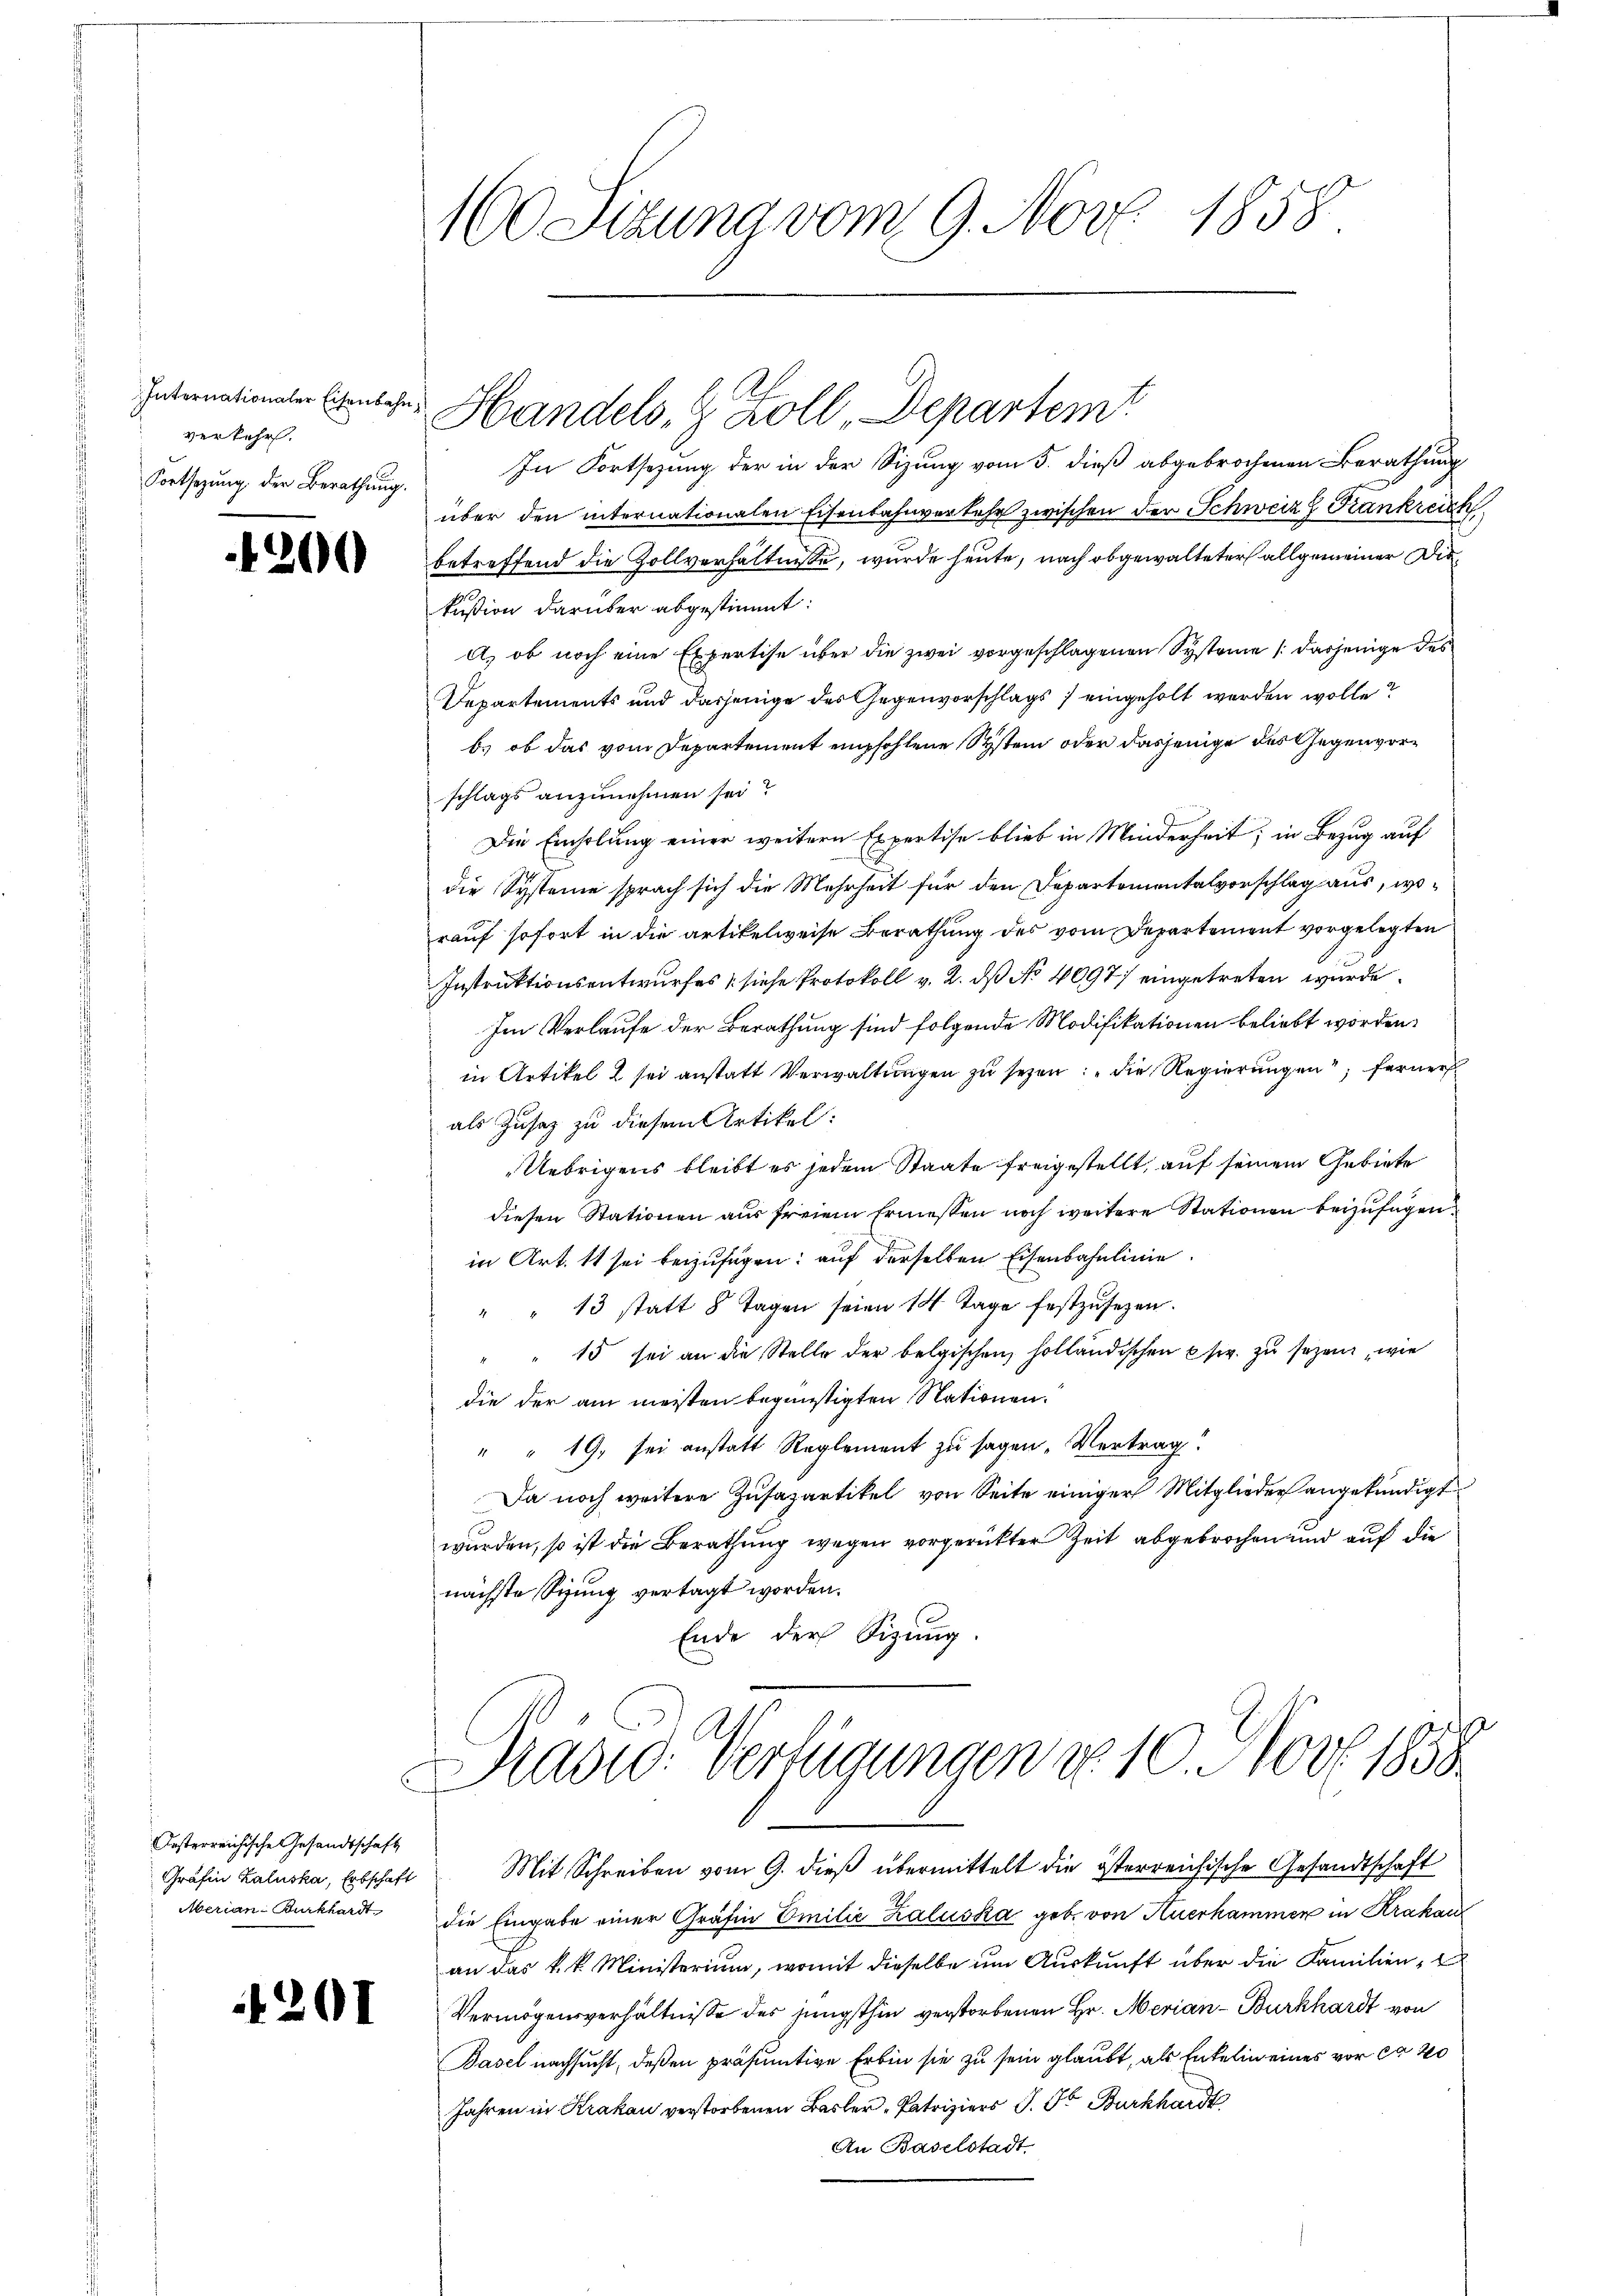
verkehr.
Fortsezung der Berathung.

e

20

Oesterreichische Gesandtschaft
Gräfin Zaluska, Erbschaft
Aerian Burkhardt

1201

160 Sizung vom 9. Nov. 1858.
e

In Fortsezung der in der Sitzung vom 5. dieß abgebrochenen Berathung
über den internationalen Eisenbahnverkehr zwischen der Schweiz Krankreich
betreffend die Zollverhältnisse, wurde heute, nach obgewalteter allgemeiner Diekußion darüber abgestimmt:
A) ob noch eine Expertise über die zwei vorgeschlagenen Systeme (dasjenige des
Departements und dasjenige des Gegenvorschlags eingeholt werden wolle?
b.) ob das vom Departement empfohlene System oder dasjenige des Gegenvorschlags anzunehmen sei?
Die Einholung einer weitern Expertise blieb in Minderheit; in Bezug auf
die Systeme sprach sich die Mehrheit für den Departementalvorschlag aus, worauf sofort in die artikelweise Berathung des vom Departement vorgelegten
Instruktionsentwurfes [siehe Protokoll v. 2. ds No 4097 eingetreten wurde.
Im Verlaufe der Berathung sind folgende Modifikationen beliebt worden.
in Artikel 2 sei anstatt Verwaltungen zu seyen; die Regierungen; ferner
als Zusatz zu diesem Artikel:
Uebrigens bleibt es jedem Staate freigestellt, auf seinem Gebiete
diesen Stationen aus freiem Ermessen noch weitere Stationen beizufügen
in Art. 11 sei beizufügen: auf derselben Eisenbahnlinie
" " 13 statt 8 Tagen seien 14 Tage festzŭsezen.
" " 15 sei an die Stelle der belgischen holländischen sr. zu sezen, wie
die der am meisten begünstigten Nationen.
" " 19, sei anstatt Reglement zu sagen. Vertrag
Da noch weitere Zusazartikel von Seite einiger Mitglieder angekündigt
wurden, so ist die Berathung wegen vorgerückter Zeit abgebrochen und auf die
nächste Sizung vertagt worden.
Ende der Sitzung.
Pradw. Verfügungen u. 10. Nov. 1858.

Intimationale Bente Handels, 9 Zoll-Departem

Mit Schreiben vom 9. dieß übermittelt die österreichische Gesandtschaft
die Eingabe einer Gräfin Emilie Kaluska geb. von Auerhammen in Krakau
an das k. k. Ministerium, womit dieselbe um Auskunft über die Familien,
Vermögensverhältnisse des jüngsthin verstorbenen Hr. Merian - Burkhardt von
Basel nachsucht, deßen präsumtive Erbin sie zu sein glaubt, als Enkelin eines vor ca 20
Jahren in Krakau verstorbenen Basler, Patriziers J. Pr. Burkhardt
An Baselstadt